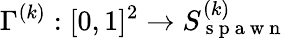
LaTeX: \Gamma^{(k)}:[0,1]^{2}\to S_{\mathrm{~s~p~a~w~n~}}^{(k)}